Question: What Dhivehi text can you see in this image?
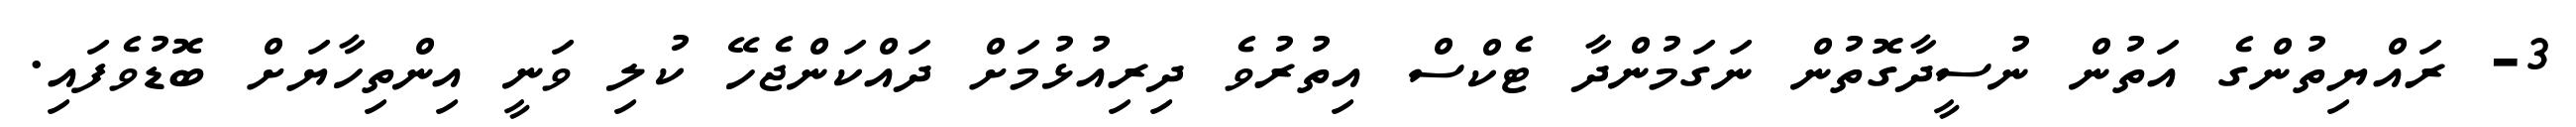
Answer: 3- ރައްޔިތުންގެ އަތުން ނުސީދާގޮތުން ނަގަމުންދާ ޓެކްސް އިތުރުވެ ދިރިއުޅުމަށް ދައްކަންޖެހޭ ކުލި ވަނީ އިންތިހާޔަށް ބޮޑުވެފައި.